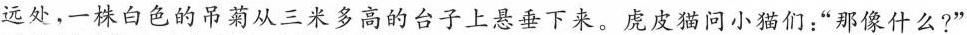
远处，一株白色的吊菊从三米多高的台子上悬垂下来。虎皮猫问小猫们：”那像什么?”